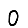
Digit: 0